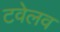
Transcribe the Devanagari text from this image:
टवेलव